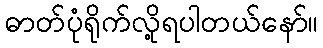
ဓာတ်ပုံရိုက်လို့ရပါတယ်နော်။